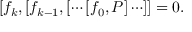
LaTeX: [ f _ { k } , [ f _ { k - 1 } , [ \cdots [ f _ { 0 } , P ] \cdots ] ] = 0 .